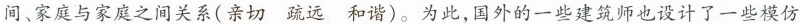
间、家庭与家庭之间关系(亲切 疏远 和谐)。为此，国外的一些建筑师也设计了一些模仿